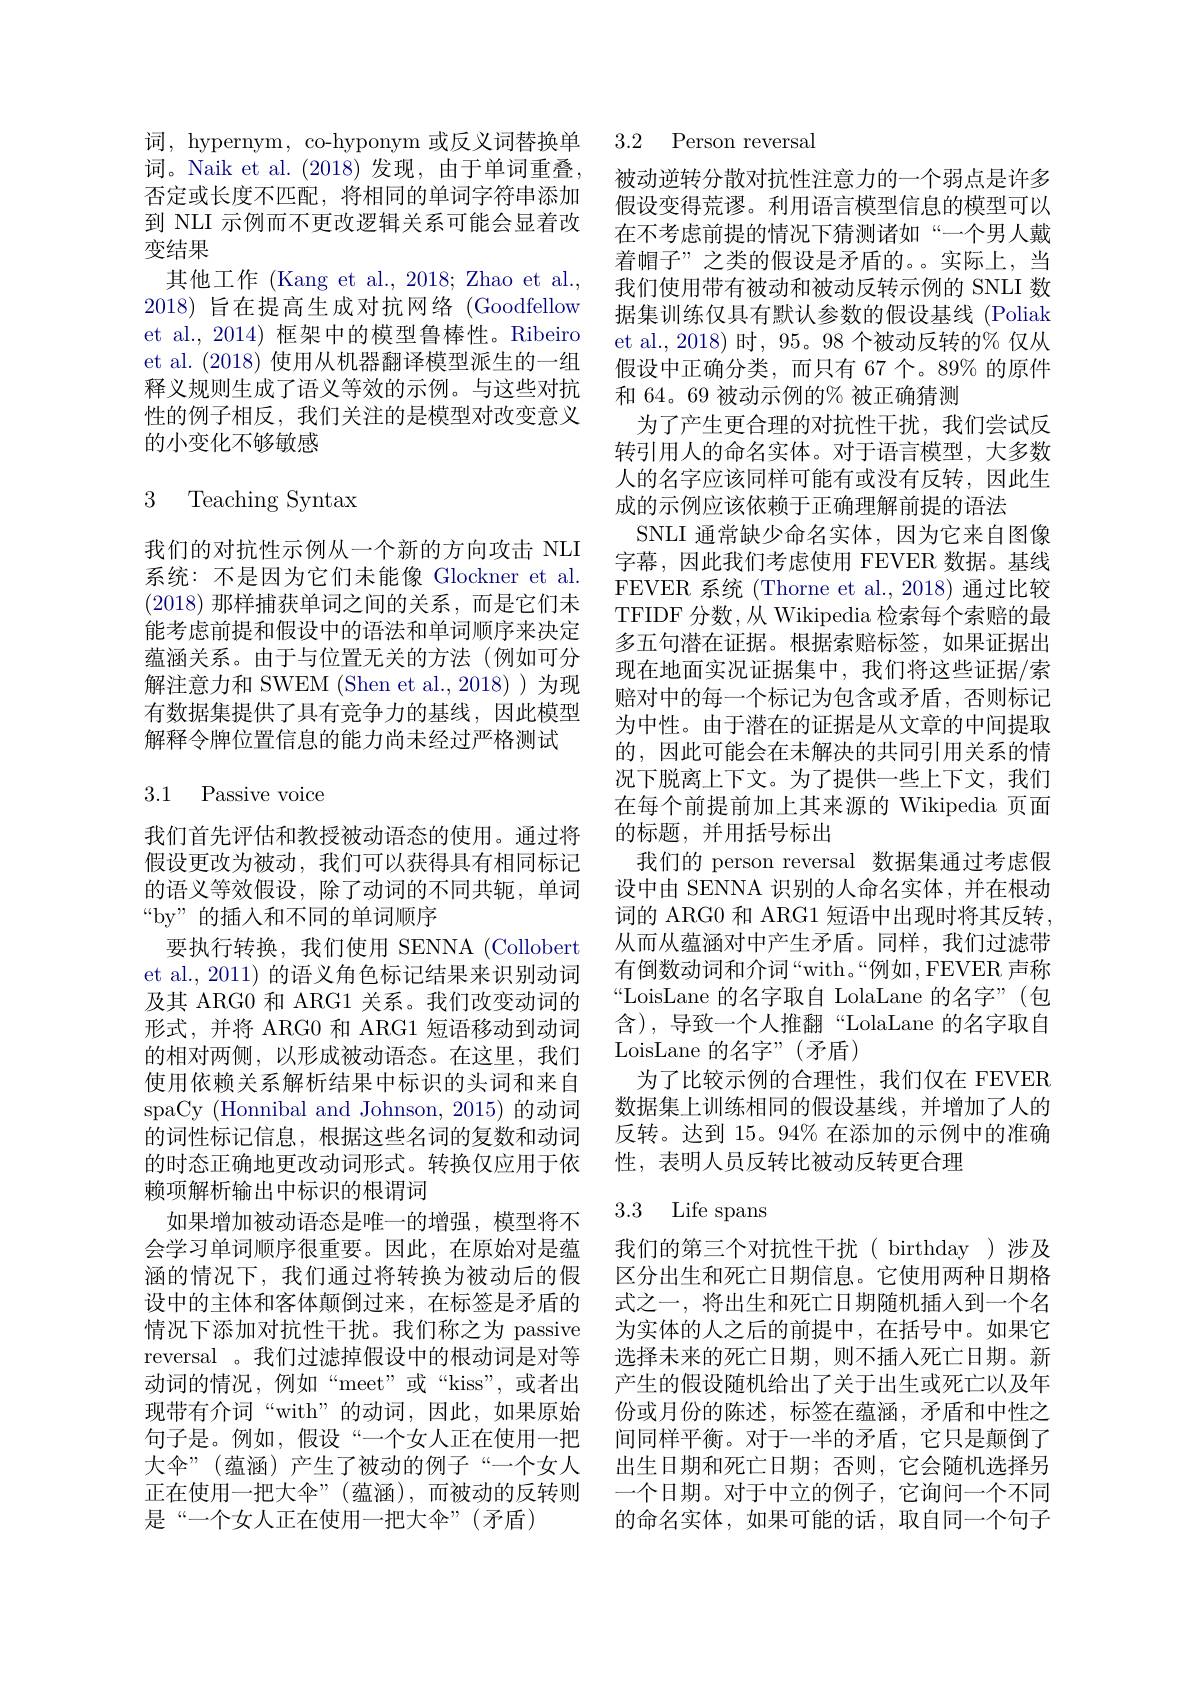
词，hypernym, co-hyponym 或反义词替换单词。Naik et al.(2018)发现，由于单词重叠， 否定或长度不匹配，将相同的单词字符串添加到 NLI 示例而不更改逻辑关系可能会显着改变结果
其他工作 (Kang et al., 2018; Zhao et al., 2018)旨在提高生成对抗网络 (Goodfellow et al.,2014) 框架中的模型鲁棒性。Ribeiro et al. (2018)使用从机器翻译模型派生的一组释义规则生成了语义等效的示例。与这些对抗性的例子相反，我们关注的是模型对改变意义的小变化不够敏感

### 3 Teaching Syntax

我们的对抗性示例从一个新的方向攻击 NLI 系统：不是因为它们未能像 Glockner et al. (2018)那样捕获单词之间的关系，而是它们未能考虑前提和假设中的语法和单词顺序来决定蕴涵关系。由于与位置无关的方法(例如可分解注意力和 SWEM (Shen et al.,2018))为现有数据集提供了具有竞争力的基线，因此模型解释令牌位置信息的能力尚未经过严格测试

3.1 Passive voice

我们首先评估和教授被动语态的使用。通过将假设更改为被动，我们可以获得具有相同标记的语义等效假设，除了动词的不同共轭，单词“by”的插入和不同的单词顺序
要执行转换，我们使用 SENNA (Collobert et al., 2011) 的语义角色标记结果来识别动词及其 ARG0 和 ARG1 关系。我们改变动词的形式，并将 ARG0 和 ARG1 短语移动到动词的相对两侧，以形成被动语态。在这里，我们使用依赖关系解析结果中标识的头词和来自spaCy (Honnibal and Johnson, 2015) 的动词的词性标记信息，根据这些名词的复数和动词的时态正确地更改动词形式。转换仅应用于依赖项解析输出中标识的根谓词
如果增加被动语态是唯一的增强，模型将不会学习单词顺序很重要。因此，在原始对是蕴涵的情况下，我们通过将转换为被动后的假设中的主体和客体颠倒过来，在标签是矛盾的情况下添加对抗性干扰。我们称之为 passive reversal 。我们过滤掉假设中的根动词是对等动词的情况，例如“meet”或“kiss”,或者出现带有介词“with”的动词，因此，如果原始句子是。例如，假设“一个女人正在使用一把大伞”(蕴涵)产生了被动的例子“一个女人正在使用一把大伞”(蕴涵),而被动的反转则是“一个女人正在使用一把大伞”(矛盾)

### 3.2 Person reversal

被动逆转分散对抗性注意力的一个弱点是许多假设变得荒谬。利用语言模型信息的模型可以在不考虑前提的情况下猜测诸如“一个男人戴着帽子”之类的假设是矛盾的。。实际上，当我们使用带有被动和被动反转示例的 SNLI 数据集训练仅具有默认参数的假设基线 (Poliak et al., 2018) 时，95。98 个被动反转的% 仅从假设中正确分类，而只有 67 个。89% 的原件和 64。69 被动示例的% 被正确猜测
为了产生更合理的对抗性干扰，我们尝试反转引用人的命名实体。对于语言模型，大多数人的名字应该同样可能有或没有反转，因此生成的示例应该依赖于正确理解前提的语法
SNLI 通常缺少命名实体，因为它来自图像字幕，因此我们考虑使用 FEVER 数据。基线FEVER 系统 (Thorne et al.,2018) 通过比较TFIDF 分数，从 Wikipedia 检索每个索赔的最多五句潜在证据。根据索赔标签，如果证据出现在地面实况证据集中，我们将这些证据/索赔对中的每一个标记为包含或矛盾，否则标记为中性。由于潜在的证据是从文章的中间提取的，因此可能会在未解决的共同引用关系的情况下脱离上下文。为了提供一些上下文，我们在每个前提前加上其来源的 Wikipedia 页面的标题，并用括号标出
我们的 person reversal 数据集通过考虑假设中由 SENNA 识别的人命名实体，并在根动词的 ARG0 和 ARG1 短语中出现时将其反转， 从而从蕴涵对中产生矛盾。同样，我们过滤带有倒数动词和介词“with。“例如，FEVER 声称“LoisLane 的名字取自 LolaLane 的名字”(包含),导致一个人推翻“LolaLane 的名字取自LoisLane 的名字”(矛盾)
为了比较示例的合理性，我们仅在 FEVER 数据集上训练相同的假设基线，并增加了人的反转。达到 15。94% 在添加的示例中的准确性，表明人员反转比被动反转更合理

3.3 Life spans
我们的第三个对抗性干扰( birthday)涉及区分出生和死亡日期信息。它使用两种日期格式之一，将出生和死亡日期随机插人到一个名为实体的人之后的前提中，在括号中。如果它选择未来的死亡日期，则不插入死亡日期。新产生的假设随机给出了关于出生或死亡以及年份或月份的陈述，标签在蕴涵，矛盾和中性之间同样平衡。对于一半的矛盾，它只是颠倒了出生日期和死亡日期；否则，它会随机选择另一个日期。对于中立的例子，它询问一个不同的命名实体，如果可能的话，取自同一个句子